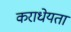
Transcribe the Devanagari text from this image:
कराधेयता